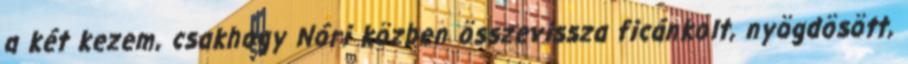
a két kezem, csakhogy Nóri közben összevissza ficánkolt, nyögdösött,